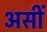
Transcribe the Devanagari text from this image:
असीं